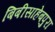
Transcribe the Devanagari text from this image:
बिबीसाहेबपुरा